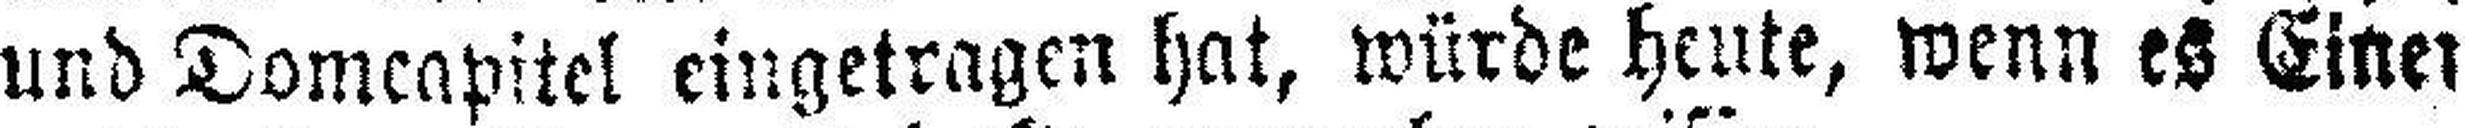
und Domcapitel eingetragen hat, würde heute, wenn es Einer